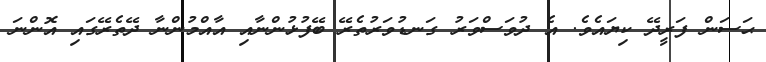
ޙަސަން ފަރީދޭ ކިޔައެވެ. އެ ދުވަސްވަރު ގަނޑުވަރުތެރޭ ބޭފުޅުންނާއި އާއްމުންނާ ދޭތެރޭގައި އޮންނަ